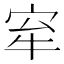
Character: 𡧷